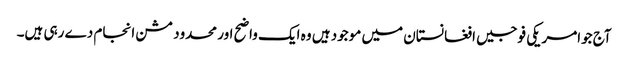
آج جوامریکی فوجیں افغانستان میں موجود ہیں وہ ایک واضح اور محدود مشن انجام دے رہی ہیں۔